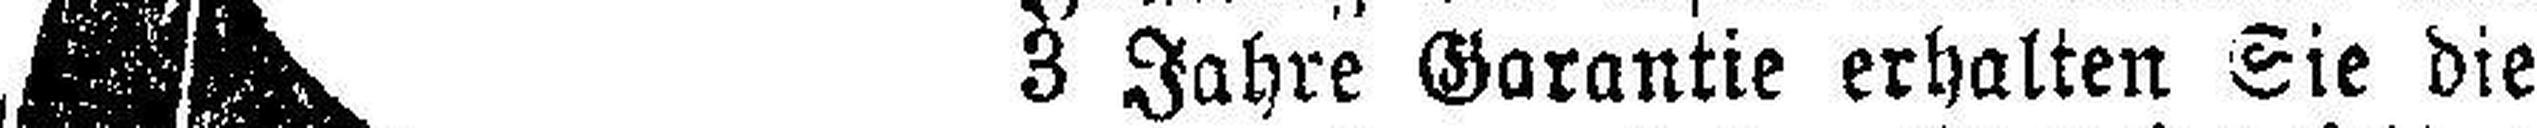
3 Jahre Garantie erhalten Sie die